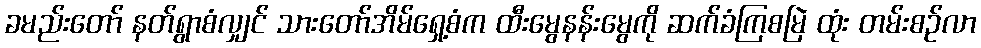
ခမည်းတော် နတ်ရွာစံလျှင် သားတော်အိမ်ရှေ့စံက ထီးမွေနန်းမွေကို ဆက်ခံကြစမြဲ ထုံး တမ်းစဉ်လာ